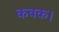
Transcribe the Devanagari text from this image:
कवक।